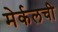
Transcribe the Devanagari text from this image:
मेर्कलची